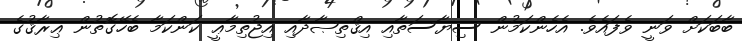
ބާބަކަށް ވަނީ ވެފައެވެ. އެހެންކަމުން ސިޔާސަތާއި އިޤްތިޞާދާއި އިޖުތިމާޢީ ކަންކަމާ ބެހޭގޮތުން ޢިރާޤުގެ